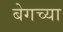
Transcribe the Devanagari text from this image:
बेगच्या